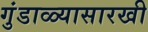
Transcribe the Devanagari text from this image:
गुंडाळ्यासारखी